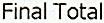
FINAL TOTAL